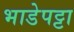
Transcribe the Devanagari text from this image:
भाडेपट्टा